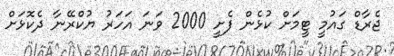
ޖެރާޑް ގައުމީ ޓީމަށް ކުޅެން ފެށީ 2000 ވަނަ އަހަރު ޔުކްރޭނާ ދެކޮޅަށް